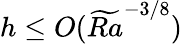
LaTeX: h\leq O(\widetilde{Ra}^{-3/8})